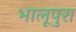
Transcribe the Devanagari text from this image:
भालूपुरा